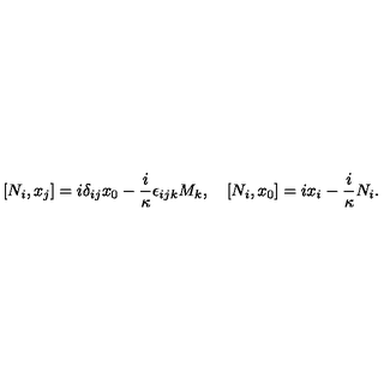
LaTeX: [ N _ { i } , x _ { j } ] = i \delta _ { i j } x _ { 0 } - \frac { i } \kappa \epsilon _ { i j k } M _ { k } , \quad [ N _ { i } , x _ { 0 } ] = i x _ { i } - \frac { i } \kappa N _ { i } .